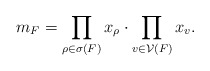
\begin{align*} m_F = \prod_{\rho\in\sigma(F)}x_\rho \cdot \prod_{v\in\mathcal V(F)}x_v.\end{align*}